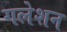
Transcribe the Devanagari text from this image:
गलेशन